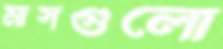
মাসগুলো